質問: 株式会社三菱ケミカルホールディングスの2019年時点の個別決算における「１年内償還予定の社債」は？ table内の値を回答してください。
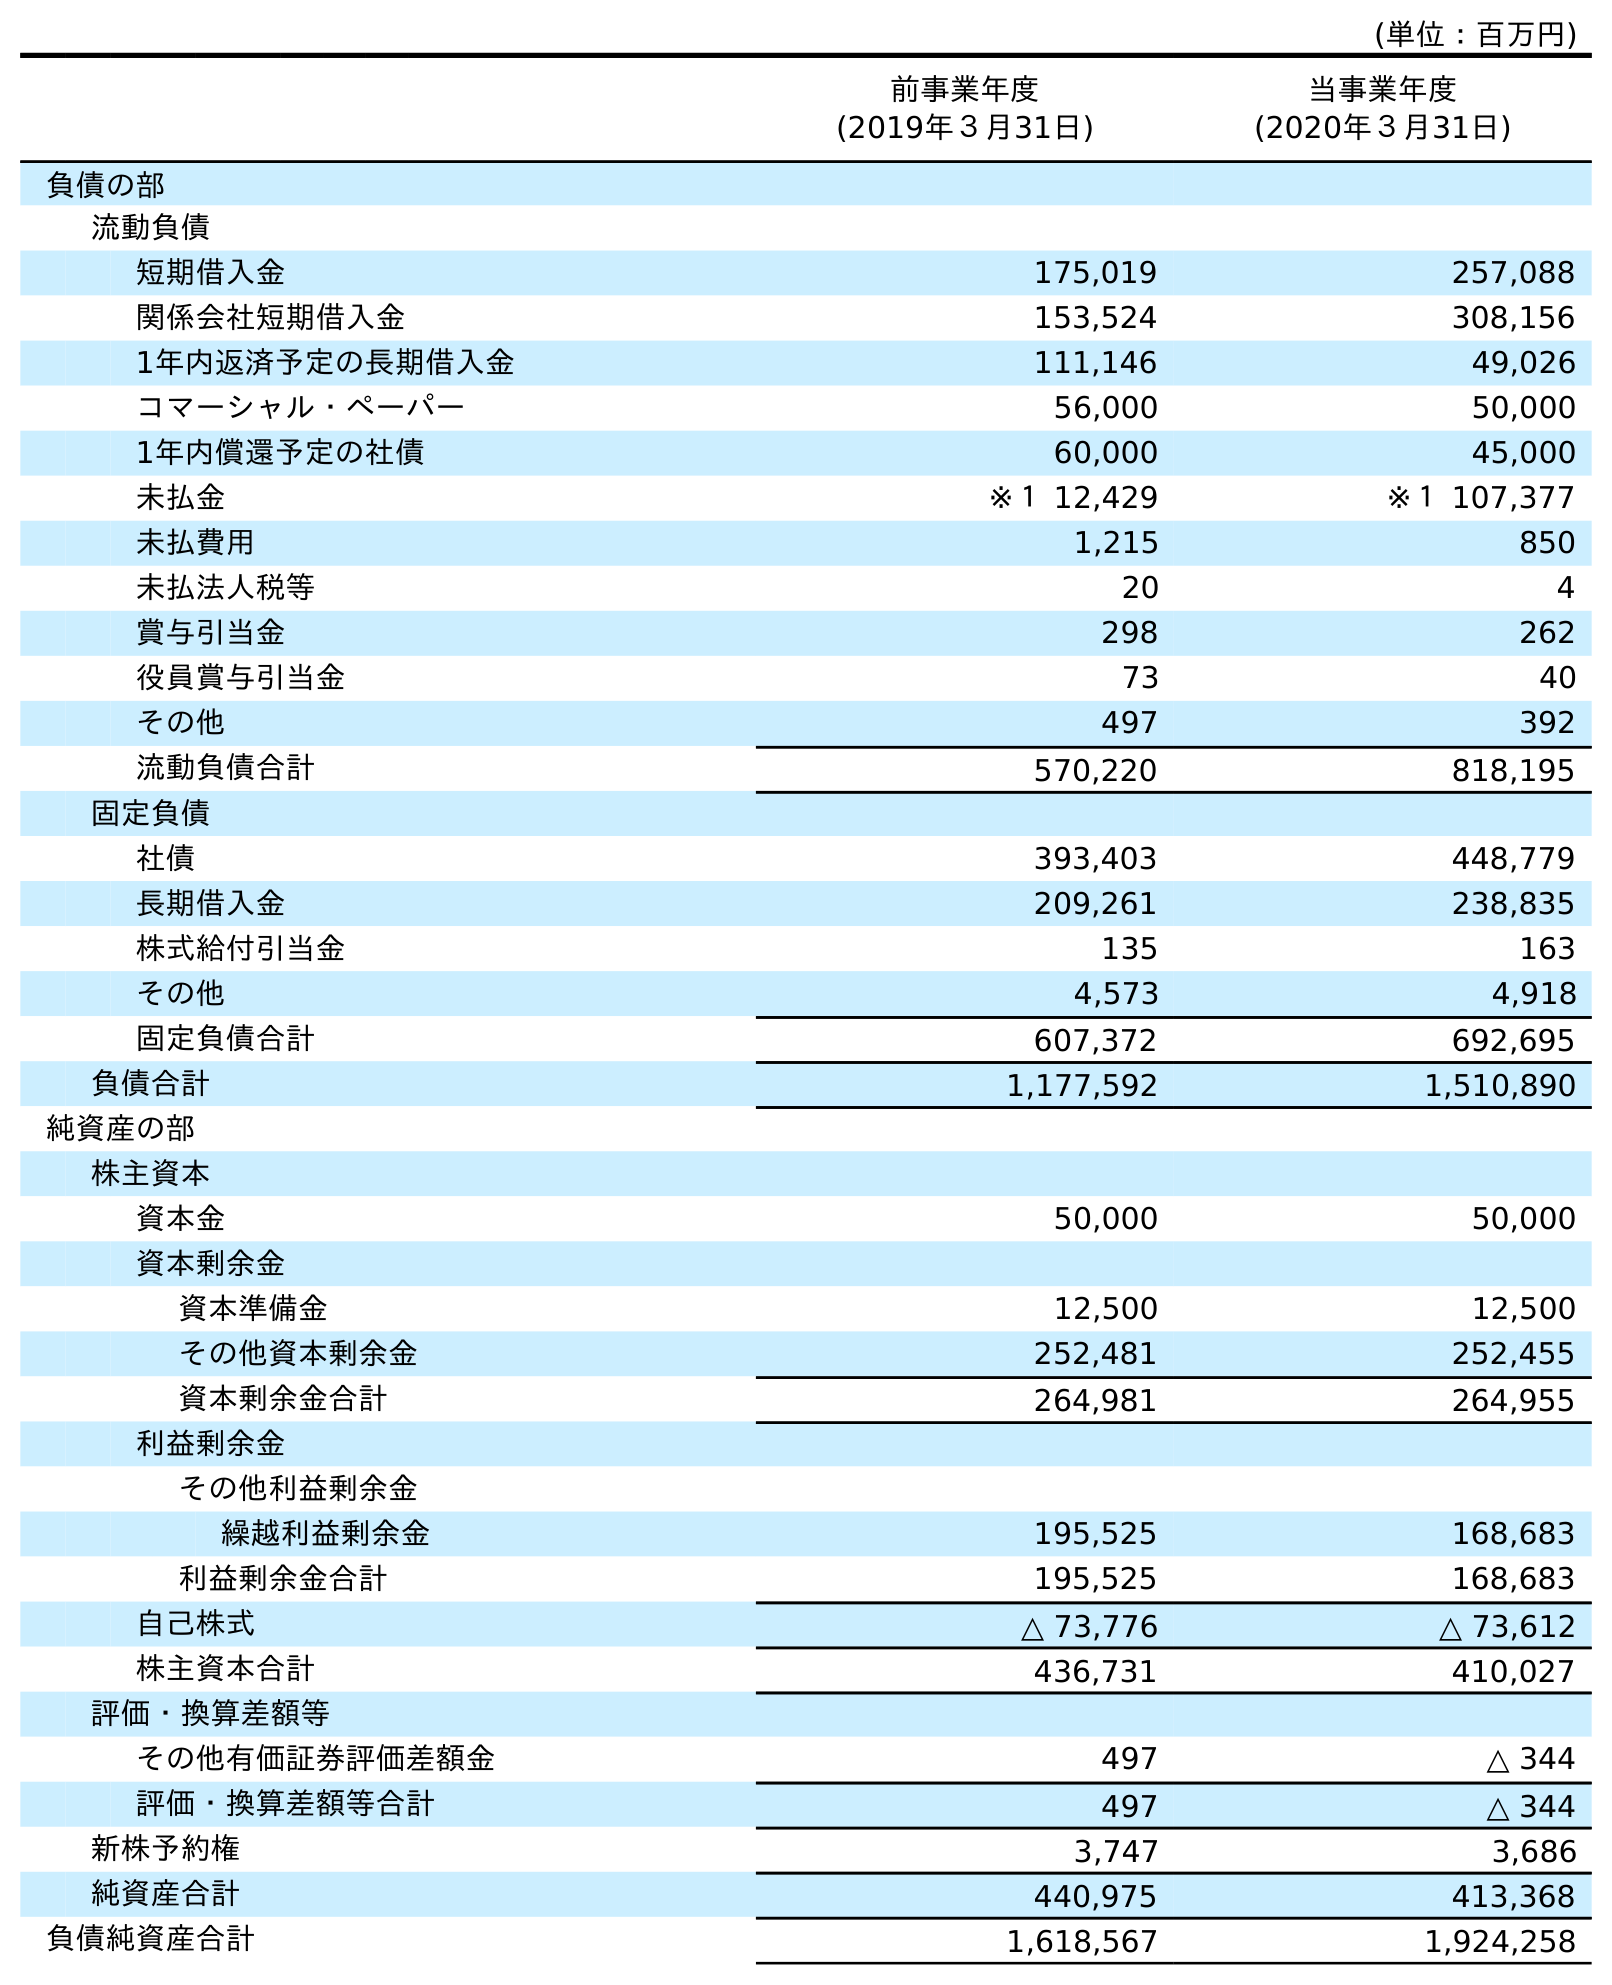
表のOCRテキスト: (単位：百万円) 前事業年度 (2019年３月31日) 当事業年度 (2020年３月31日) 負債の部 流動負債 短期借入金 175,019 257,088 関係会社短期借入金 153,524 308,156 1年内返済予定の長期借入金 111,146 49,026 コマーシャル・ペーパー 56,000 50,000 1年内償還予定の社債 60,000 45,000 未払金 ※１ 12,429 ※１ 107,377 未払費用 1,215 850 未払法人税等 20 4 賞与引当金 298 262 役員賞与引当金 73 40 その他 497 392 流動負債合計 570,220 818,195 固定負債 社債 393,403 448,779 長期借入金 209,261 238,835 株式給付引当金 135 163 その他 4,573 4,918 固定負債合計 607,372 692,695 負債合計 1,177,592 1,510,890 純資産の部 株主資本 資本金 50,000 50,000 資本剰余金 資本準備金 12,500 12,500 その他資本剰余金 252,481 252,455 資本剰余金合計 264,981 264,955 利益剰余金 その他利益剰余金 繰越利益剰余金 195,525 168,683 利益剰余金合計 195,525 168,683 自己株式 △ 73,776 △ 73,612 株主資本合計 436,731 410,027 評価・換算差額等 その他有価証券評価差額金 497 △ 344 評価・換算差額等合計 497 △ 344 新株予約権 3,747 3,686 純資産合計 440,975 413,368 負債純資産合計 1,618,567 1,924,258
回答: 60,000